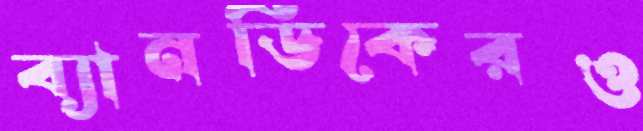
ব্যানডিকেরও